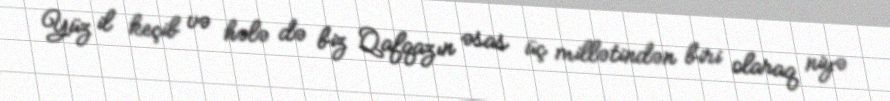
Yüz il keçib və hələ də biz Qafqazın əsas üç millətindən biri olaraq niyə